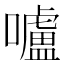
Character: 嚧